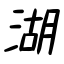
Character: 湖